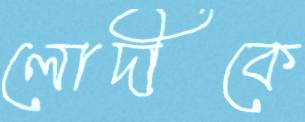
লোদীকে